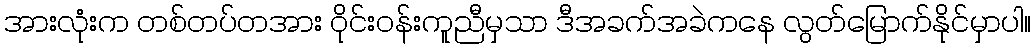
အားလုံးက တစ်တပ်တအား ဝိုင်းဝန်းကူညီမှသာ ဒီအခက်အခဲကနေ လွတ်မြောက်နိုင်မှာပါ။